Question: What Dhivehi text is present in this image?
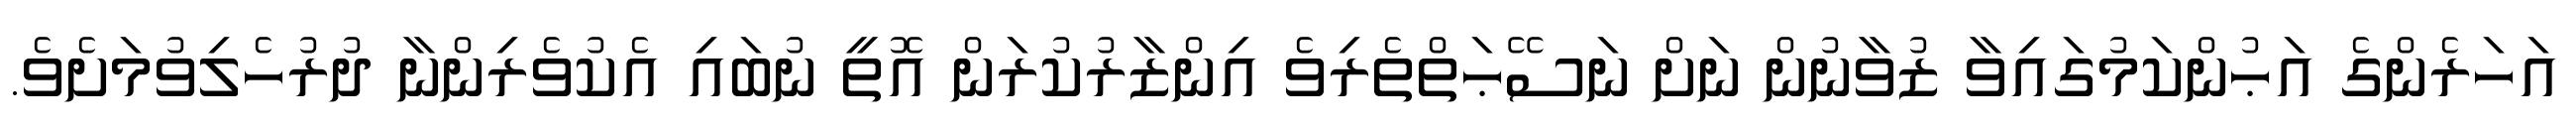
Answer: އަހަރެންގެ އަޙުންކަމުގައިވާ ޒުވާނުން ނަށް ނަސޭޙަތްތެރިވެ އިންޒާރުކުރަން އޮތީ ނުބައި އެކުވެރިންނާ ދުރުހެލިވުމަށެވެ.